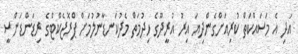
އަދި އެ މަސައްކަތް ކުރިއަށްގެންދިޔަ އިރު އުރީދޫގެ ހިދުމަތް މެދުކަނޑާނުލުމަށް ޕްރޮޖެކްޓްގެ ރިޑަންޑަންސީ